Civil Veterinary Dept. Assam report 1927-50 - 1927-1950
Year: 1927
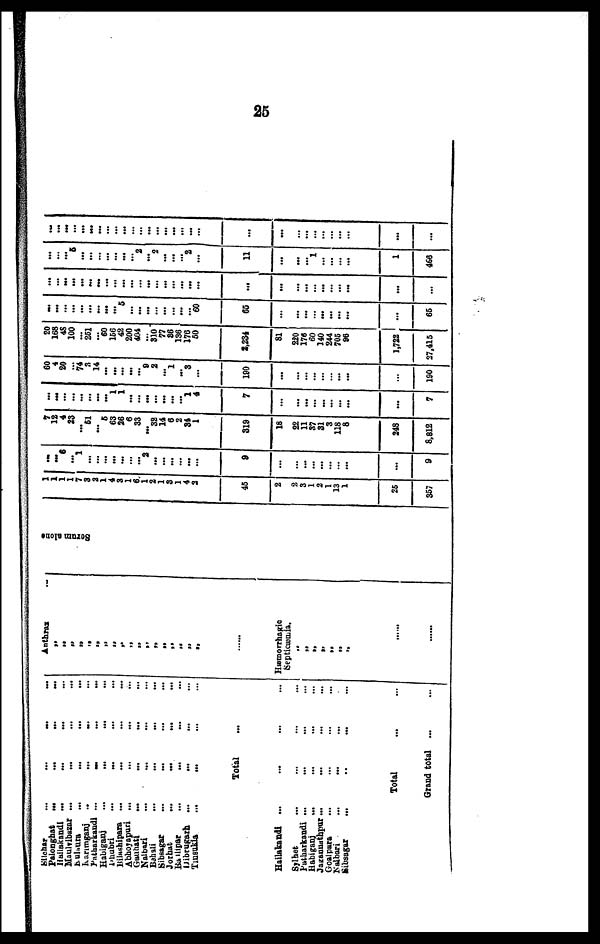
25
Silchar
Palonghat
Hailakandi
Maulvibazar
Kulaura
Karimganj
Patharkandi
Habiganj
Dhubrj
Bilashipara
Abhoyapuri
Gauhati
Naibari
Bahali
Sibsagar
Jorhat
Batlipar
Dibrugarh
Tmsukia
Hailakandi
Sylhet
Patharkandi
Habiganj
Jagannathpur
Goalpura
Nalbari
Sibsagar
...
...
...
...
...
...
...
...
...
... ... ...
... ... ... ...
... ... ... ...
...
...
... ...
...
...
...
...
...
...
...
...
...
...
...
....
...
...
...
...
...
...
...
...
...
...
...
...
...
...
...
...
...
...
...
...
...
...
...
...
...
...
...
...
...
...
...
...
...
...
Total ...
...
...
... ...
...
...
...
...
...
...
...
... ...
...
...
... ...
... ... ... ...
...
...
... ...
Total ... ...
Grand total ...
...
Anthrax
...
„
„
„
„
„
„
„
„
„
„
„
„
„
„
„
„
Hæmorrhagic
Septicæmia.
„
„
„
„
„
„
„
.....
.....
Serum slone
1
1
1
7
3
2
1
4
3
1
6
1
2
1
3
1
4
3
45
2
2
3
1
2
1
13
1
25
357
...
6
...
1
...
...
...
...
...
... 2
...
...
...
...
...
...
9
...
...
...
...
...
...
...
...
...
...
9
1
12
4
23
51
...
5
63
26
6
33
... 32
14
6
2
34
1
819
18
... 22
11
37
31
3
118
8
248
8,812
...
...
...
...
...
...
1
1
...
...
...
...
...
...
...
1
4
7
...
...
...
...
...
...
...
...
...
7
60
4
20
...
74
3
14
...
...
...
...
... 9
2
... 1
...
3
...
190
...
...
...
...
...
...
...
...
...
...
190
20
168
4S
100
251
...
60
156
42
200
404
...
310
77
86
136
176
50
2,234
81
220
176
60
140
244
705
96
1,722
27,415
...
...
...
...
...
...
*9f
5
...
... ...
...
...
... ...
...
60
65
...
...
...
...
...
...
...
...
...
...
65
...
...
...
...
...
...
...
...
...
...
...
...
...
...
...
...
...
...
...
...
...
...
...
...
...
...
...
...
...
...
...
5
...
...
...
...
...
...
2
...
2
...
...
...
2
...
11
...
...
...
... 1
...
...
...
...
1
466
...
...
...
...
...
...
...
...
...
...
...
...
...
...
...
...
...
...
...
...
...
...
...
...
...
...
...
...
...
...
...
...
...
...
...
...
...
...
...
...
...
...
...
...
...
...
...
...
...
...
...
...
...
...
...
...
...
...